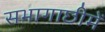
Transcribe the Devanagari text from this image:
सभागाछीमें